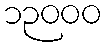
၁၃၀၀၀